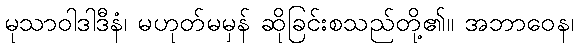
မုသာဝါဒါဒီနံ၊ မဟုတ်မမှန် ဆိုခြင်းစသည်တို့၏။ အဘာဝေန၊